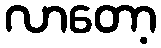
လာတော့